Medical and sanitary report of the native army of Madras for the year
Year: 1876
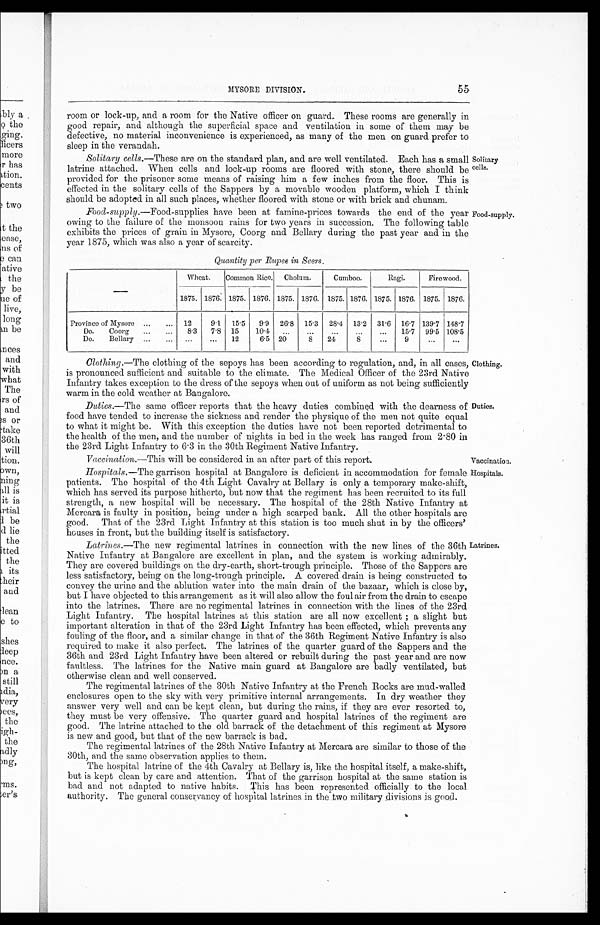
MYSORE DIVISION.
55
room or lock-up, and a room for the Native officer on guard. These rooms are generally in
good repair, and although the superficial space and ventilation in some of them may be
defective, no material inconvenience is experienced, as many of the men on guard prefer to
sleep in the verandah.
Solitary cells.—These are on the standard plan, and are well ventilated. Each has a small
l a t r i ne a t t a c he d. Whe n c e l l s a nd l oc k- up r ooms a r e f l oor e d wi t h s t one , t h e r e s houl d be
provided for the prisoner some means of raising him a few inches from the floor. This is
effected in the solitary cells of the Sappers by a movable wooden platform, which I think
should be adopted in all such places, whether floored with stone or with brick and chunam.
Food-supply.—Food-supplies have been at famine-prices towards the end of the year
owing to the failure of the monsoon rains for two years in succession. The following table
exhibits the prices of grain in Mysore, Coorg and Bellary during the past year and in the
year 1875, which was also a year of scarcity.
Quantity per Rupee in Seers.
Wheat.
Common Rice. Cholum.
Cumboo.
Ragi.
Firewood.
1875. 1876. 1875. 1876. 1875. 1876. 1875. 1876. 1875. 1876. 1875. 1876.
Province of Mysore ... ... 12
9.1 15.5
9.9 26.8 15.3 28.4 13.2 31.6 16.7 139.7 148.7
Do. Coorg ...
...
8.3
7.8 15
10.4 ...
...
...
...
...
15.7 99.5 108.5
Do. Bellary ... ...
...
...
12
6.5 20
8
24
8
...
9
...
...
Solitary
cells.
Food-supply.
Clothing .— T h e c l o t h i n g o f t h e s e p o y s h a s b e e n a c c o r d i n g t o r e g u l a t i o n , a n d , i n a l l c a s e s ,
is pronounced sufficient and suitable to the climate. The Medical Officer of the 23rd Native
Infantry takes exception to the dress of the sepoys when out of uniform as not being sufficiently
warm in the cold weather at Bangalore.
Duties.—The same officer reports that the heavy duties combined with the dearness of
food have tended to increase the sickness and render the physique of the men not quite equal
to what it might be. With this exception the duties have not been reported detrimental to
the health of the men, and the number of nights in bed in the week has ranged from 2.80 in
the 23rd Light Infantry to 6.3 in the 30th Regiment Native Infantry.
Clothing.
Duties.
Vaccination.—This will be considered in an after part of this report.
Vaccination
.
Hospitals.—The garrison hospital at Bangalore is deficient in accommodation for female
patients. The hospital of the 4th Light Cavalry at Bellary is only a temporary make-shift,
which has served its purpose hitherto, but now that the regiment has been recruited to its full
strength, a new hospital will be necessary. The hospital of the 28th Native Infantry at
Mercara is faulty in position, being under a high scarped bank. All the other hospitals are
good. That of the 23rd Light Infantry at this station is too much shut in by the officers'
houses in front, but the building itself is satisfactory.
Latrines.—The new regimental latrines in connection with the new lines of the 36th
Native Infantry at Bangalore are excellent in plan, and the system is working admirably.
They are covered buildings on the dry-earth, short-trough principle. Those of the Sappers are
less satisfactory, being on the long-trough principle. A covered drain is being constructed to
convey the urine and the ablution water into the main drain of the bazaar, which is close by,
but I have objected to this arrangement as it will also allow the foul air from the drain to escape
into the latrines. There are no regimental latrines in connection with the lines of the 23rd
Li g h t I n f a n t r y . Th e h o s p i t a l l a t r i n e s a t t h i s s t a t i o n a r e a l l n o w e x c e l l e n t ; a s l i g h t b u t
important alteration in that of the 23rd Light Infantry has been effected, which prevents any
fouling of the floor, and a similar change in that of the 36th Regiment Native Infantry is also
required to make it also perfect. The latrines of the quarter guard of the Sappers and the
36th and 23rd Light Infantry have been altered or rebuilt during the past year and are now
faultless. The latrines for the Native main guard at Bangalore are badly ventilated, but
otherwise clean and well conserved.
The regimental latrines of the 30th Native Infantry at the French Rocks are mud-walled
enclosures open to the sky with very primitive internal arrangements. In dry weather they
answer very well and can be kept clean, but during the rains, if they are ever resorted to,
they must be very offensive. The quarter guard and hospital latrines of the regiment are
g o o d . T h e l a t r i n e a t t a c h e d t o t h e o l d b a r r a c k o f t h e d e t a c h m e n t o f t h i s r e g i m e n t a t M y s o r e
is new and good, but that of the new barrack is bad.
The regimental latrines of the 28th Native Infantry at Mercara are similar to those of the
30th, and the same observation applies to them.
The hospital latrine of the 4th Cavalry at Bellary is, like the hospital itself, a make-shift,
but is kept clean by care and attention. That of the garrison hospital at the same station is
bad and not adapted to native habits. This has been represented officially to the local
authority. The general conservancy of hospital latrines in the two military divisions is good.
Hospitals.
Latrines.